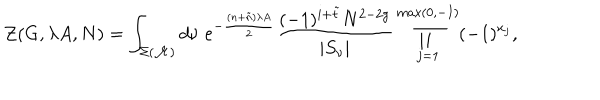
LaTeX: { \cal Z } ( G , \lambda A , N ) = \int _ { \Sigma ( { \cal M } ) } d \nu \; e ^ { - \frac { ( n + \tilde { n } ) \lambda A } { 2 } } \frac { ( - 1 ) ^ { i + \tilde { t } } N ^ { 2 - 2 g } } { | S _ { \nu } | } \prod _ { j = 1 } ^ { \max ( 0 , - I ) } ( - 1 ) ^ { x _ { j } } ,